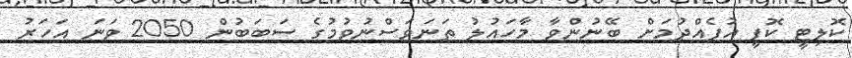
ކޮލިޓީ ކޮފީ އުފެއްދުމަށް ބޭނުންވާ މާހައުލު ތަނަވަސްނުވުމުގެ ސަބަބުން 2050 ވަނަ އަހަރު